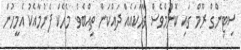
ސިޓިންގް ރޫމް ގައި ކޮންމެވެސް ވާހަކައެއް ދައްކަން ތިއްބެވެ. މެހެކް ފެނުމާއެކު އެމީހުން